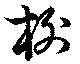
榭